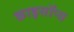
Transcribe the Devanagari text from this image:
क्राइसॉप्स